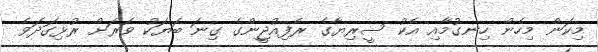
މިކަން މިހެން ހިނގުމާއި އެކު ސީރިޔާގެ ރެފިއުޖީންގެ ގިނަ ބަޔަކު ވަރަށް ރުޅިގަދަވެ